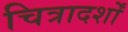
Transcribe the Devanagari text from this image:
चित्रादर्शों